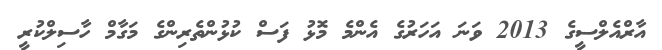
އާރްއެލްސީގެ 2013 ވަނަ އަހަރުގެ އެންމެ މޮޅު ފަސް ކުޅުންތެރިންގެ މަގާމް ހާސިލްކުރީ